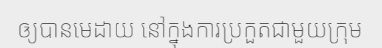
ឲ្យបានមេដាយ នៅក្នុងការប្រកួតជាមួយក្រុម